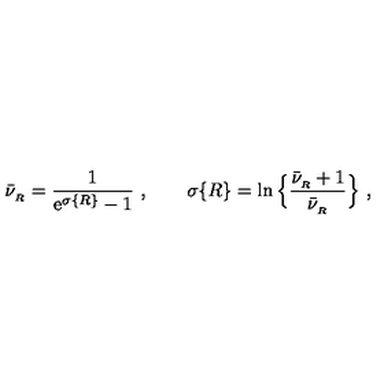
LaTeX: \bar { \nu } _ { _ R } = { \frac { 1 } { \mathrm { e } ^ { \sigma \{ R \} } - 1 } } \ , \qquad \sigma \{ R \} = \ln \Big \{ { \frac { \bar { \nu } _ { _ R } + 1 } { \bar { \nu } _ { _ R } } } \Big \} \ ,